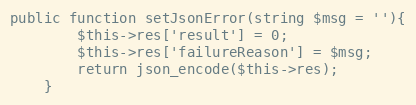
Language: PHP
public function setJsonError(string $msg = ''){
        $this->res['result'] = 0;
        $this->res['failureReason'] = $msg;
        return json_encode($this->res);
    }